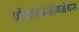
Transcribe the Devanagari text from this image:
प्रोकाम्‍पसोगनेथस